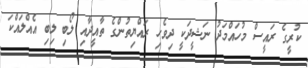
ކުރީގެ ރައީސް މުހައްމަދު ނަޝީދަކީ ދިވެހި ރައްޔިތުންގެ ތާއީދާއި ލޯބި ލިބި އެއްލައްކަ